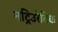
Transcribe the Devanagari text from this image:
नट्रिउरेटिक